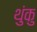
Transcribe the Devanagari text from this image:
थुंकु